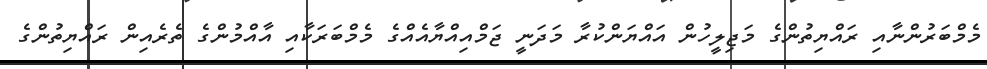
މެމްބަރުންނާއި ރައްޔިތުންގެ މަޖިލީހުން އައްޔަންކުރާ މަދަނީ ޖަމްއިއްޔާއެއްގެ މެމްބަރަކާއި އާއްމުންގެ ތެރެއިން ރައްޔިތުންގެ